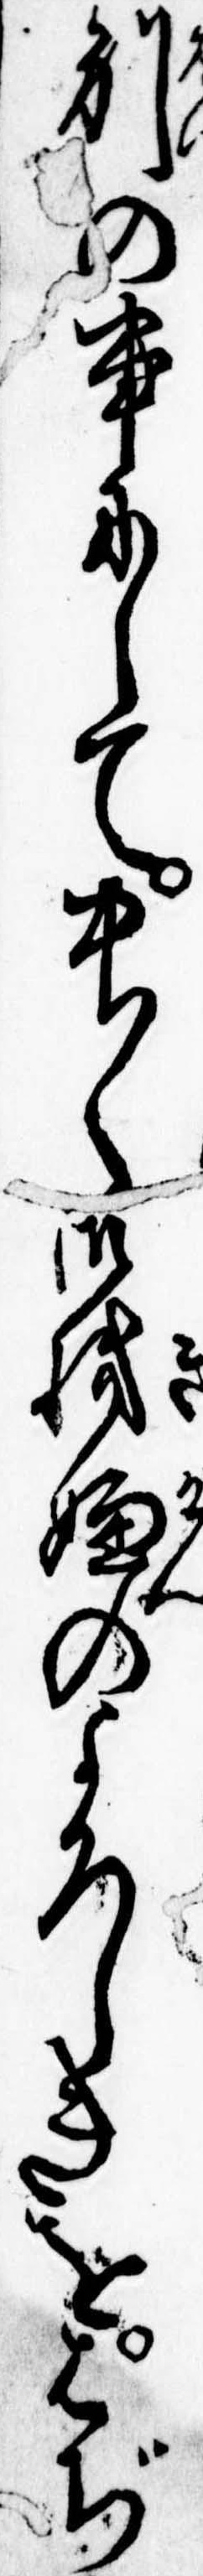
別の事にして中〱御機嫌のよろしきをはぢ